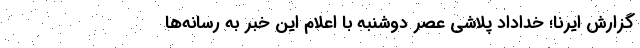
گزارش ایرنا؛ خداداد پلاشی عصر دوشنبه با اعلام این خبر به رسانه‌ها